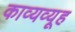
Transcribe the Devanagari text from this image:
काव्यव्यूह